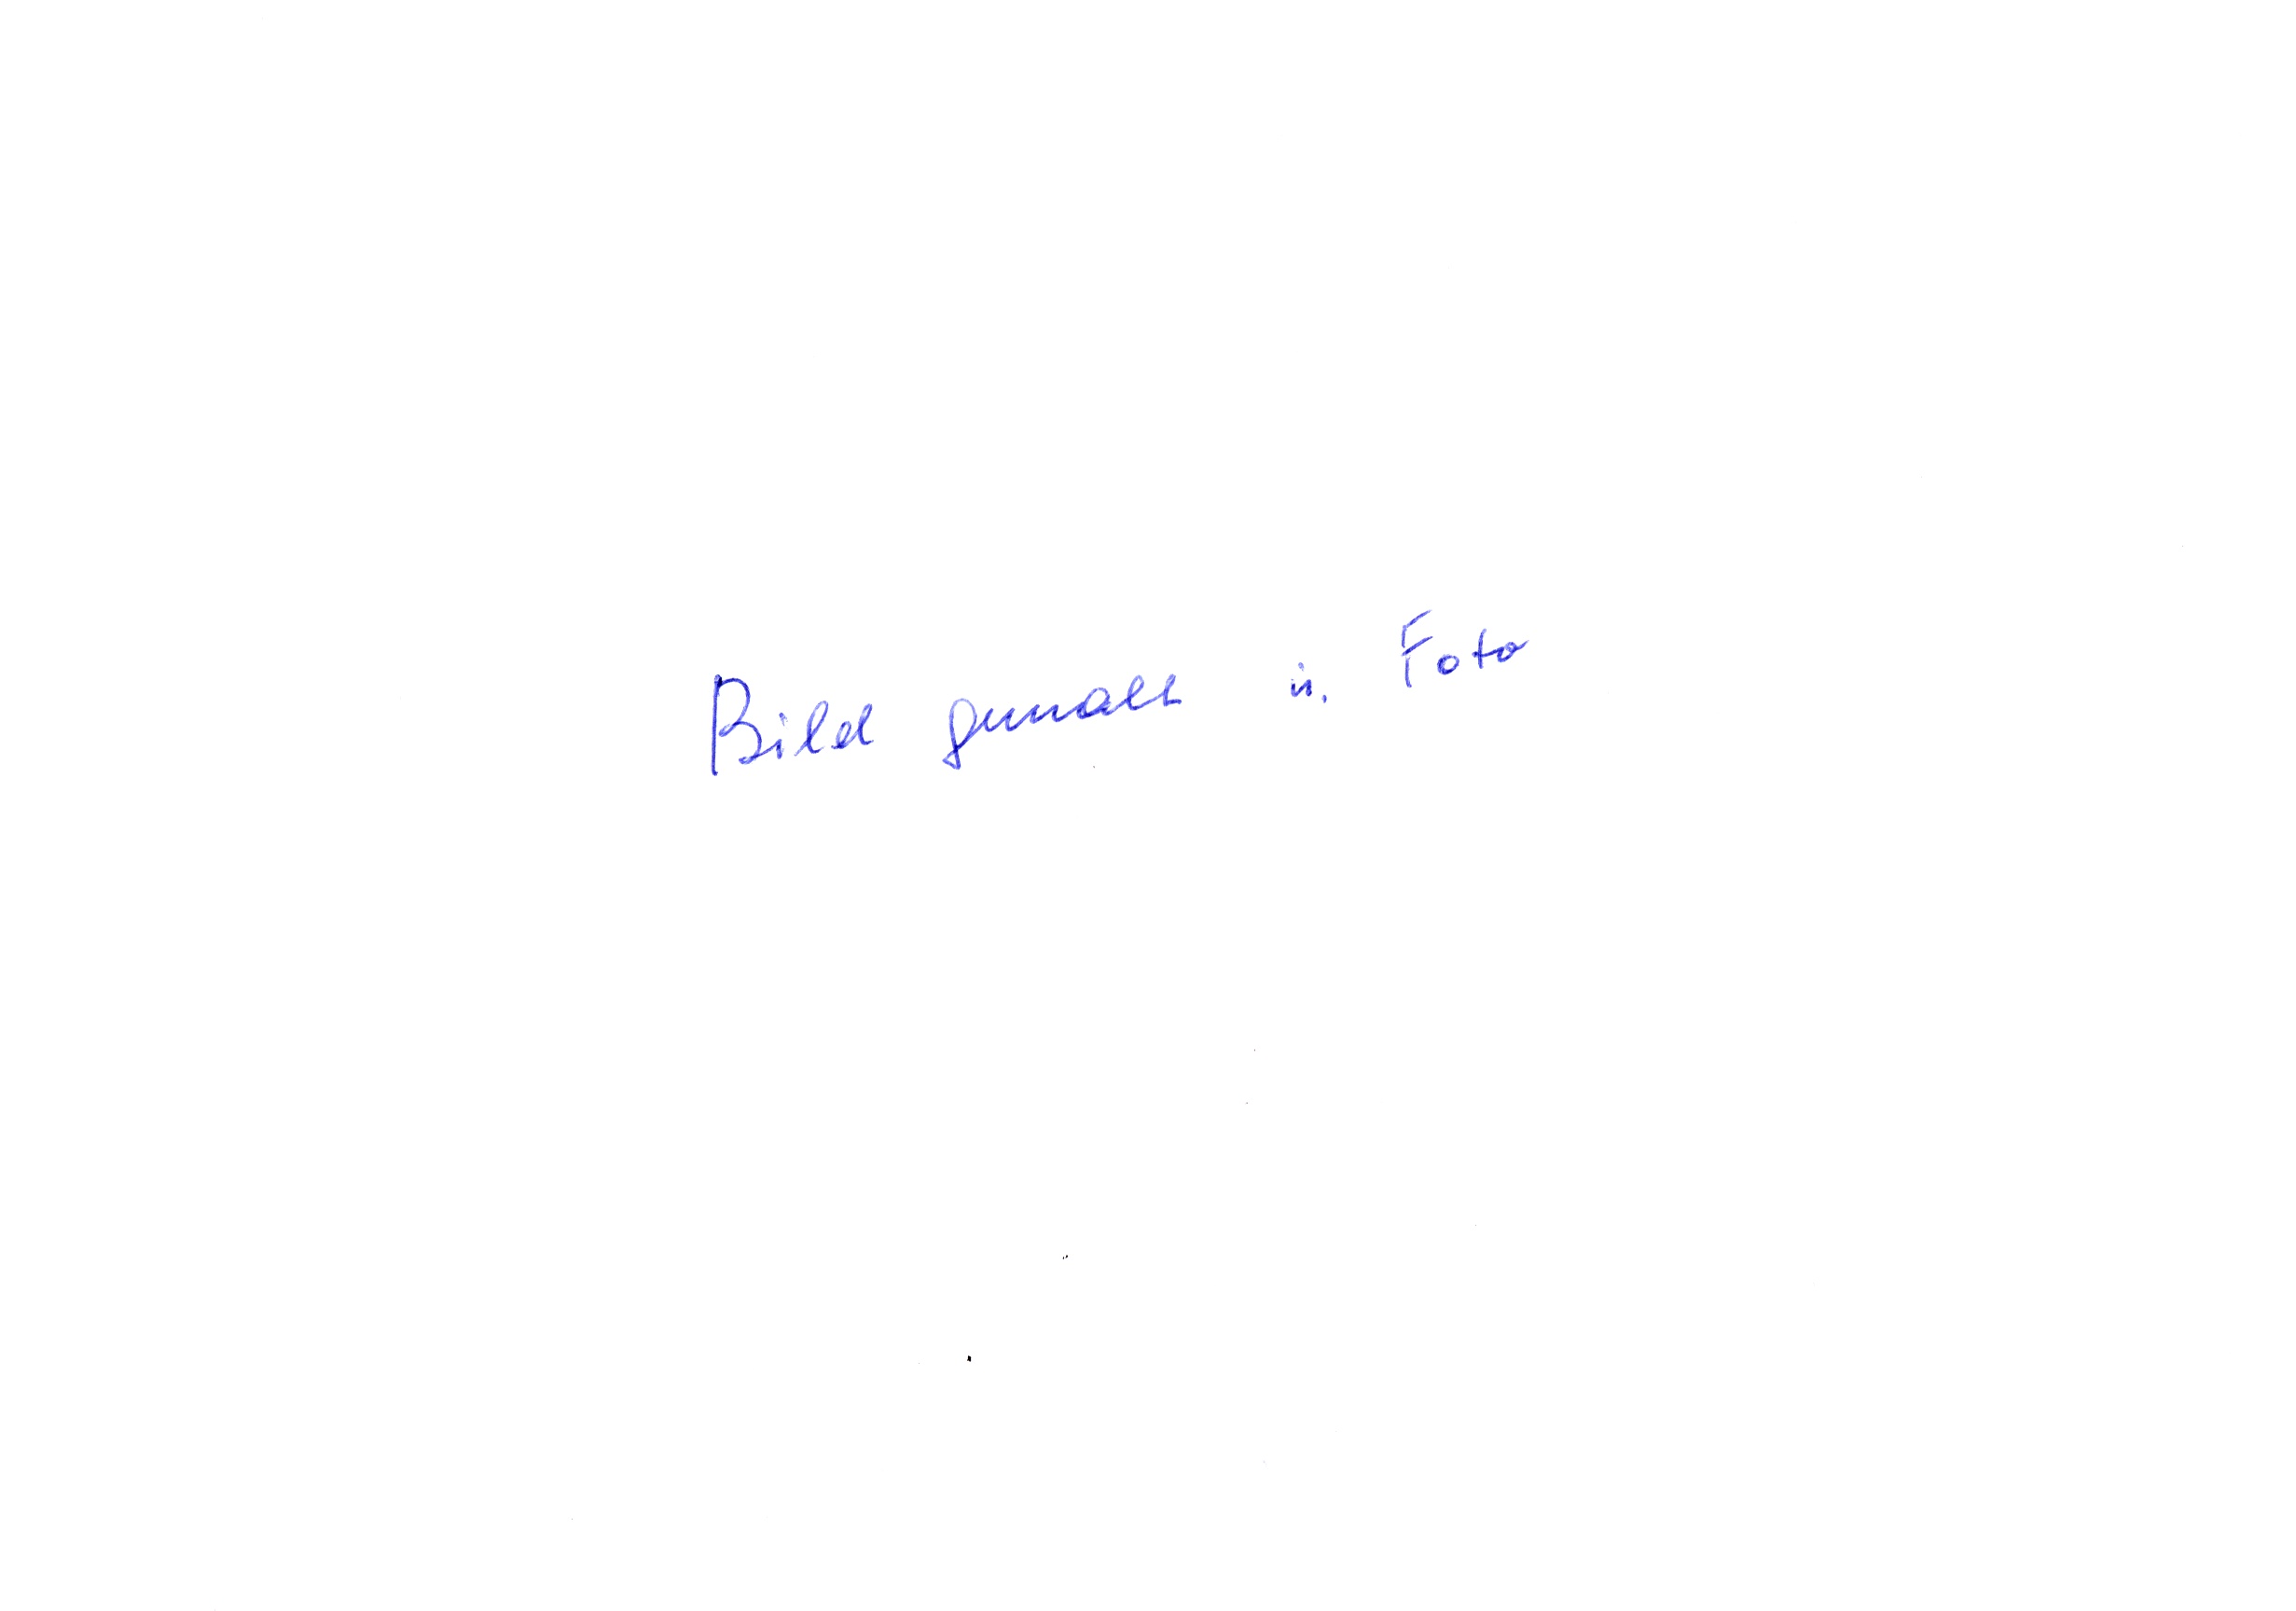
Bild gemalt u. Foto